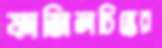
ফাজিলচিস্তের